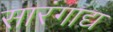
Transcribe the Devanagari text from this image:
सारंगाद्य